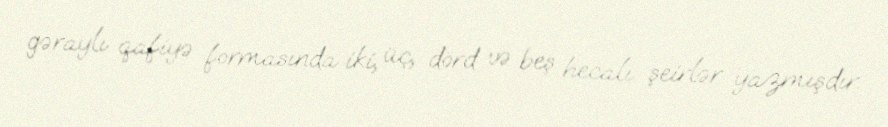
gəraylı qafiyə formasında iki, üç, dörd və beş hecalı şeirlər yazmışdır.